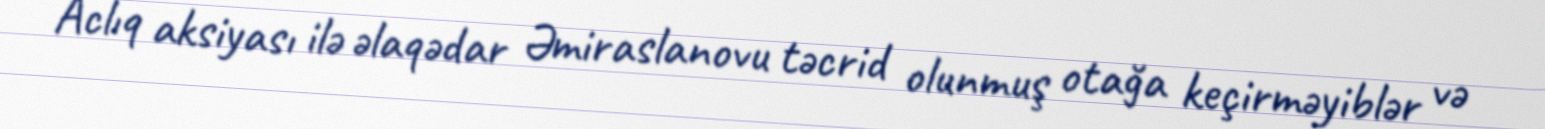
Aclıq aksiyası ilə əlaqədar Əmiraslanovu təcrid olunmuş otağa keçirməyiblər və